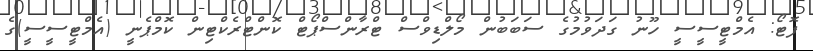
ފޮޓޯ: އެމްޓީސީސީ ހޫނު ގަދަވުމުގެ ސަބަބުން މޯލްޑިވްސް ޓްރާންސްޕޯޓް ކޮންޓްރެކްޓިން ކޮމްޕެނީ (އެމްޓީސީސީ)ގެ